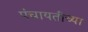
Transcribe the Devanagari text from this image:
पंचायतींच्या